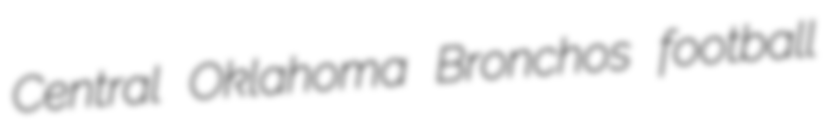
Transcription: Central Oklahoma Bronchos football